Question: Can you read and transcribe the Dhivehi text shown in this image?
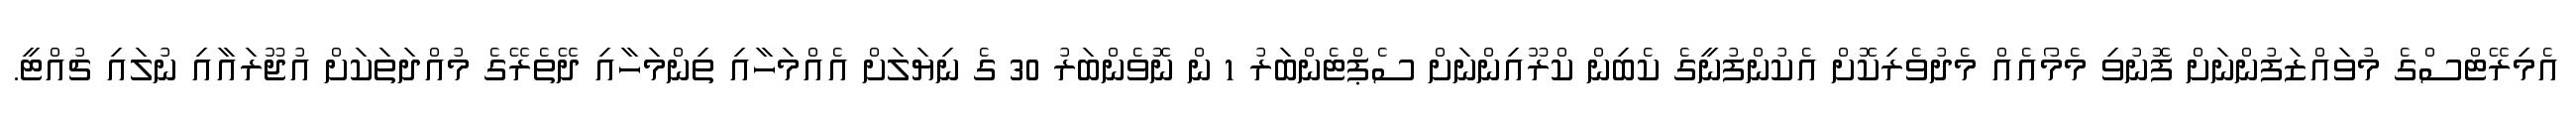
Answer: އެމިރޭޓްސްގެ މުވައްޒަފުންނަށް ފޮނުވި މެމޯއެއް މެދުވެރިކޮށް އެކުންފުނީގެ ކެބިން ކްރޫއިންނަށް ސެޕްޓެންބަރު 1 ން ނޮވެންބަރު 30 ގެ ނިޔަލަށް އެއްމަހާއި ތިންމަހާއި ދޭތެރޭގެ މުއްދަތަކަށް އުޖޫރައާއި ނުލައި ޗުއްޓީ.